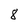
Character: 8